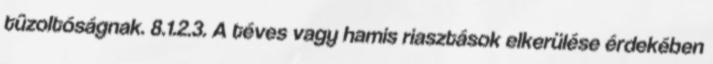
tûzoltóságnak. 8.1.2.3. A téves vagy hamis riasztások elkerülése érdekében